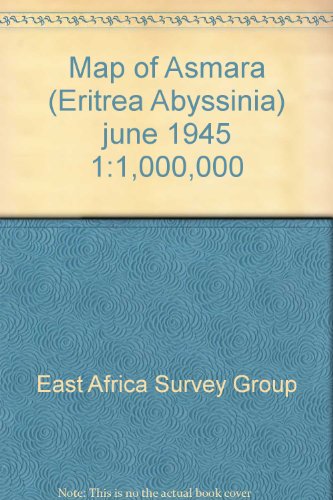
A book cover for Map of Asmara (Eritrea Abyssinia) june 1945 1:1,000,000; East Africa Survey Group; Travel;